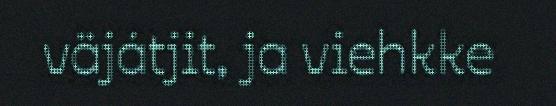
väjátjit, ja viehkke